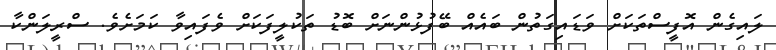
ލައިގެން އޮފީސްތަކަށް ވަޑައިގަތުން ބައެއް ބޭފުޅުންނަށް ބޮޑު ތަކުލީފަކަށް ވެފައިވާ ކަމަށެވެ. ސްރީލަންކާ